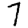
Digit: 7